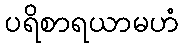
ပရိစာရယာမဟံ